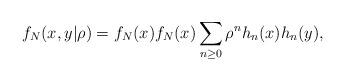
LaTeX: \begin{align*}f_{N}(x,y|\rho )=f_{N}(x)f_{N}(x)\sum_{n\geq 0}\rho ^{n}h_{n}(x)h_{n}(y),\end{align*}